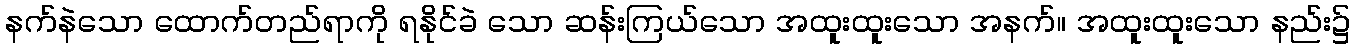
နက်နဲသော ထောက်တည်ရာကို ရနိုင်ခဲ သော ဆန်းကြယ်သော အထူးထူးသော အနက်။ အထူးထူးသော နည်း၌